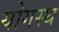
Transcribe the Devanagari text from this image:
योगस्थ